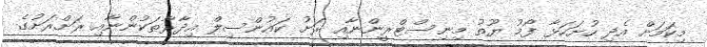
މިކަމަށް އެދި ހުށަހަޅާ ފޯމު ޔޫތު މިނިސްޓްރީންނާއި ރަށު ކައުންސިލް އިދާރާތަކުންނާއި ރަށްރަށުގެ